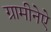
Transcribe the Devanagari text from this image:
ग्रामीनेऐ